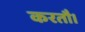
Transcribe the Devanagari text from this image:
करतौ।